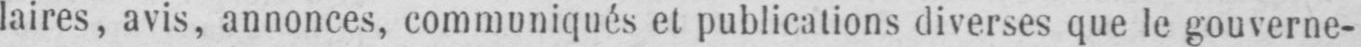
laires, avis, annonces, communiqués et publications diverses que le gouverne-